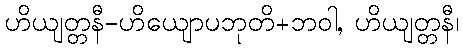
ဟိယျတ္တနီ-ဟိယျောပဘုတိ+ဘဝါ, ဟိယျတ္တနီ၊